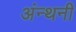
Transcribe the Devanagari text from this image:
अंन्थनी